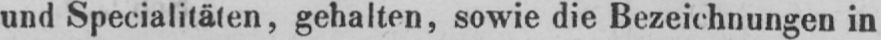
und Specialitäten, gehalten, sowie die Bezeichnungen in